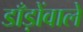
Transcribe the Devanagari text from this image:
डाँड़ोंवाले